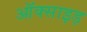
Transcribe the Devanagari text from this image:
ऑक्साइड़